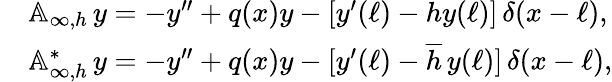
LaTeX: \begin{array}{rl}&{{\mathbb A}_{\infty,h}\, y=-y^{\prime\prime}+q(x)y-[y^{\prime}(\ell)-hy(\ell)]\, \delta(x-\ell),}\\ &{{\mathbb A}_{\infty,h}^{*}\, y=-y^{\prime\prime}+q(x)y-[y^{\prime}(\ell)-\overline{{h}}\, y(\ell)]\, \delta(x-\ell),}\end{array}